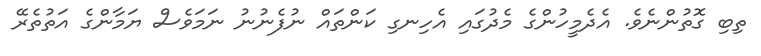
ތިބި ގޮތުންނެވެ. އެދެމީހުންގެ މެދުގައި އެހިނގި ކަންތައް ނުފެނުނު ނަމަވެސް ޔަމާންގެ އަތުތެރޭ